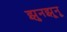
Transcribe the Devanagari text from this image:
झुनझूनू